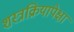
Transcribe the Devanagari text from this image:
शस्त्रक्रियापेक्षा